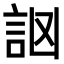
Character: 𧦆